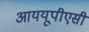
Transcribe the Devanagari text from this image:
आययूपीएसी